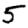
Digit: 5